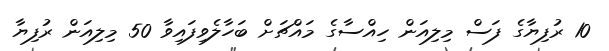
10 ރުފިޔާގެ ފަސް މިލިއަން ހިއްސާގެ މައްޗަށް ބަހާލެވިފައިވާ 50 މިލިއަން ރުފިޔާ